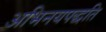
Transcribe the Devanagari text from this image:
अभिनयपद्धति